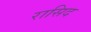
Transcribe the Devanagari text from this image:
रासिद